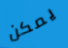
يمكن